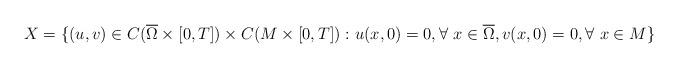
LaTeX: \begin{align*}X=\lbrace ( u, v)\in C(\overline\Omega\times[0,T])\times C(M\times[0,T]):\ & u(x,0)=0 ,\forall\ x\in\overline\Omega, v(x,0)=0 ,\forall\ x\in M\rbrace\end{align*}